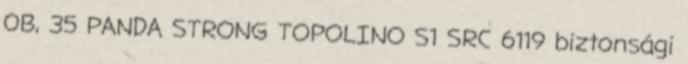
0B, 35 PANDA STRONG TOPOLINO S1 SRC 6119 biztonsági